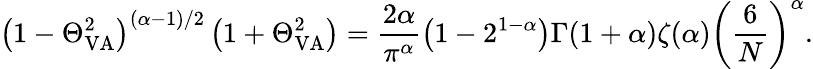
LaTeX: \left(1-\Theta_{\mathrm{VA}}^{2}\right)^{(\alpha-1)/2}\left(1+\Theta_{\mathrm{VA}}^{2}\right)=\frac{2\alpha}{\pi^{\alpha}}\left(1-2^{1-\alpha}\right)\Gamma(1+\alpha)\zeta(\alpha)\left(\frac{6}{N}\right)^{\alpha}.